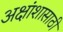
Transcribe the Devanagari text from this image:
अक्षांशासाठी